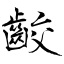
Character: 齩